Medical and sanitary report of the native army of Bengal for the year
Year: 1878
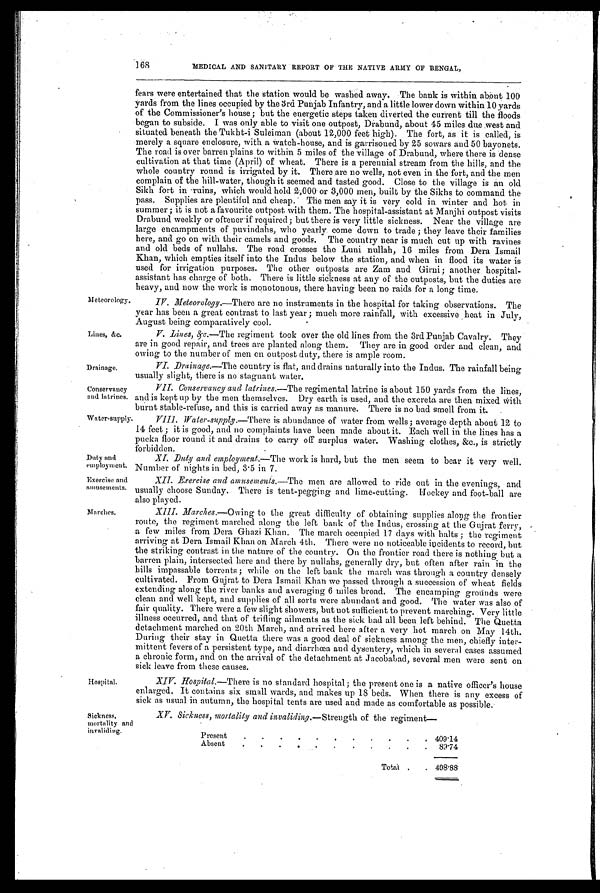
168
MEDICAL AND SANITARY REPORT OF THE NATIVE ARMY OF BENGAL,
Fears were entertained that the station would be washed away. The bank is Within about 100
yards from the lines occupied by the 3rd Punjab Infantry, and a little lower down within 10 yards
of the Commissioner's house ; but the energetic steps taken diverted the current till the floods
began to subside. I was only able to visit one outpost, Drabund, about 45 miles due west and
situated beneath the Tukht-i Suleiman (about 12,000 feet high). The fort, as it is called, is
merely a square enclosure, with a Watch-house, and is garrisoned by 25 sowars and 50 bayonets.
The road is over barren plains to within 5 miles of the village of Drabund, where there is dense
cultivation at that time (April) of wheat. There is a perennial stream from the hills, and the
whole country round is irrigated by it. There are no wells, not even in the fort, and the men
complain of the hill-water, though it seemed and tasted good. Close to the village is an old
Sikh fort in ruins, which would hold 2,000 or 3,000 men, built by the Sikhs to command the
pass. Supplies are plentiful and cheap. The men say it is very cold in winter and hot in
summer ; it is not a favourite outpost with them. The hospital-assistant at Manjhi outpost visits
Drabund weekly or oftener if required; but there is very little sickness. Near the village are
large encampments of puvindahs, who yearly come down to trade ; they leave their families
here, and go on with their camels and goods. The country near is much cut up with ravines
and old beds of nullahs. The road crosses the Luni nullah, 16 miles from Dera Ismail
Khan, which empties itself into the Indus below the station, and when in flood its water is
used for irrigation purposes. The other outposts are Zam and Girni; another hospital-
assistant has charge of both. There is little sickness at any of the outposts, but the duties are
heavy, and now the work is monotonous, there having been no raids for a long time.
Meteorology.
IV. Meteorology.—There are no instruments in the hospital for taking observations. The
year has been a great contrast to last year ; much more rainfall, with excessive heat in July,
August being comparatively cool.
Lines, &amp;c. V. Lines, &amp;c.— T h e r e g i m e n t t o o k o v e r t h e o l d l i n e s f r o m t h e 3 r d P u n j a b C a v a l r y . T h e y
are in good repair, and trees are planted along them. They are in good order and clean, and
owing to the number of men on outpost duty, there is ample room.
Drainage.
VI. Drainage.— T h e c o u n t r y i s f l a t , a n d d r a i n s n a t u r a l l y i n t o t h e I n d u s . T h e r a i n f a l l b e i n g
usually slight, there is no stagnant water.
Conservancy
and latrines.
VII. Conservancy and latrines. — T h e r e g i m e n t a l l a t r i n e i s a b o u t 1 5 0 y a r d s f r o m t h e l i n e s ,
and is kept up by the men themselves. Dry earth is used, and the excreta are then mixed With
burnt stable-refuse, and this is carried away as manure. There is no bad smell from it.
Water supply.
VIII. Water-supply.— T h e r e i s a b u n d a n c e o f w a t e r f r o m w e l l s ; a v e r a g e d e p t h a b o u t 1 2 t o
14 feet ; it is good, and no complaints have been made about it. Each well in the lines has a
pucka floor round it and drains to carry off surplus water. Washing clothes, &amp;c., is strictly
f o r b i d d e n .
Duty and
employment.
XI. Duty and employment.—The work is hard, but the men seem to bear it very well.
Number of nights in bed, 3.5 in 7.
Exercise and
amusements.
XII. Exercise and amusements.— The men are allowed to ride out in the evenings, and
usually choose Sunday. There is tent-pegging and lime-cutting. Hockey and foot-ball are
also played.
Marches.
XIII. Marches.—Owing to the great difficulty of obtaining supplies along the frontier
route, the regiment marched along the left bank of the Indus, crossing at the Gujrat ferry,
a few miles from Dera Ghazi Khan. The march occupied 17 days with halts ; the regiment
arriving at Dera Ismail Khan on March 4th. There were no noticeable incidents to record, but
the striking contrast in the nature of the country. On the frontier road there is nothing but a
barren plain, intersected here and there by nullahs, generally dry, but often after rain in the
hills impassable torrents ; while on the left bank the march was through a country densely
cultivated. From Gujrat to Dera Ismail Khan we passed through a succession of wheat fields
extending along the river banks and averaging 6 miles broad. The encamping grounds were
clean and well kept, and supplies of all sorts were abundant and good. The water was also of
fair quality. There were a few slight showers, but not sufficient to prevent marching. Very little
illness occurred, and that of trifling ailments as the sick had all been left behind. The Quetta
detachment marched on 20th March, and arrived here after a very hot march on May 14th.
During their stay in Quetta there was a good deal of sickness among the men, chiefly inter-
mittent fevers of a persistent type, and diarrhœa and dysentery, which in several cases assumed
a chronic form, and on the arrival of the detachment at Jacobabad, several men were sent on
sick leave from these causes.
Hospital.
XIV. Hospital.— T h e r e i s n o s t a n d a r d h o s p i t a l ; t h e p r e s e n t o n e i s a n a t i v e o f f i c e r ' s h o u s e
e n l a r g e d . I t c o n t a i n s s i x s m a l l w a r d s , a n d m a k e s u p 1 8 b e d s . W h e n t h e r e i s a n y e x c e s s o f
sick as usual in autumn, the hospital tents are used and made as comfortable as possible.
Sickness,
mortality an
invaliding.
XV. Sickness, mortality and invaliding.—Strength of the regiment
—
Present
.
.
.
.
.
.
.
.
.
.
. 409.14
Absent
.
.
.
.
. .
.
.
.
.
.
89.74
Total .
. 498.88